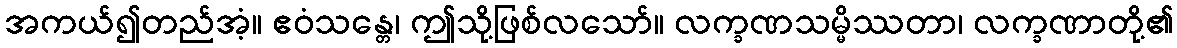
အကယ်၍တည်အံ့။ ဧဝံသန္တေ၊ ဤသို့ဖြစ်လသော်။ လက္ခဏသမ္မိဿတာ၊ လက္ခဏာတို့၏